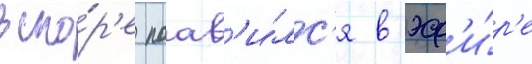
вско́р'е поав'и́лс'я в эф'и́р'е